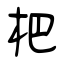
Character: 杷